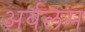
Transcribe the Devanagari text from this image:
अर्वलम